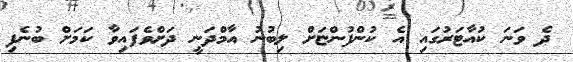
ދެ ވަނަ ކުއާޓަރުގައި އެ ކުންފުންޏަށް ލިބުނު އާމްދަނީ ދަށްވެފައިވާ ކަމަށް ބުނެފި